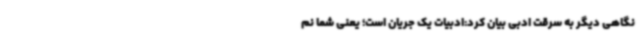
نگاهی دیگر به سرقت ادبی بیان کرد:ادبیات یک جریان است؛ یعنی شما نم